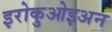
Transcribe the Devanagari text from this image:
इरोकुओइअन